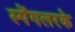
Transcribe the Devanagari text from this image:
स्पेंगलरके